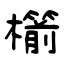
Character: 櫤